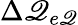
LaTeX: \Delta\mathscr{Q}_{e\mathscr{Q}}